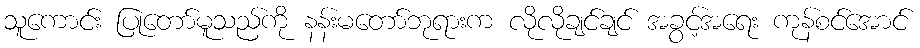
သူကောင်း ပြုတော်မူသည်ကို နန်းမတော်ဘုရားက လိုလိုချင်ချင် အခွင့်အရေး ကုန်စင်အောင်